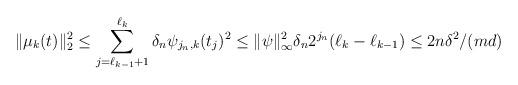
LaTeX: \begin{align*}\|\mu_k(t)\|_2^2\leq \sum_{j=\ell_{k-1}+1}^{\ell_k} \delta_n \psi_{j_n,k}(t_j)^2\leq \|\psi\|_{\infty}^2\delta_n2^{j_n}(\ell_k-\ell_{k-1})\leq 2 n\delta^2/(md)\end{align*}